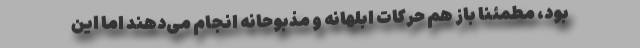
بود، مطمئناً باز هم حرکات ابلهانه و مذبوحانه انجام می‌دهند اما این